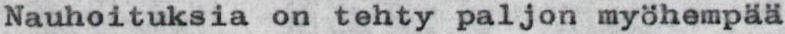
Nauhoituksia on tehty paljon myöhempää